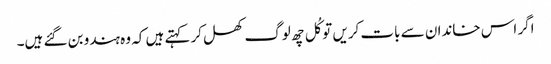
اگر اس خاندان سے بات کریں تو کُل چھ لوگ کھل کر کہتے ہیں کہ وہ ہندو بن گئے ہیں۔